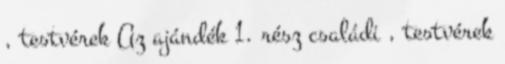
, testvérek Az ajándék 1. rész családi , testvérek